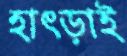
হাৎড়াই